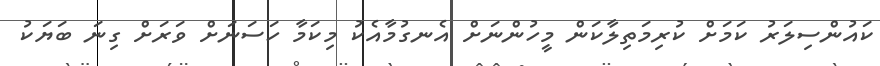
ކައުންސިލަރު ކަމަށް ކުރިމަތިލާކަން މީހުންނަށް އެނގުމާއެކު މިކަމާ ހަސަނަށް ވަރަށް ގިނަ ބަޔަކު